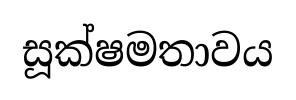
සූක්ෂමතාවය